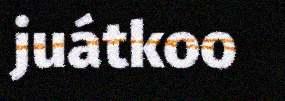
juátkoo